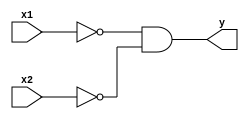
module not_and2(x1, x2, y);
    input   x1, x2;
    output  y;

    assign y = ~x1 & ~x2;
endmodule